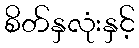
စိတ်နှလုံးနှင့်